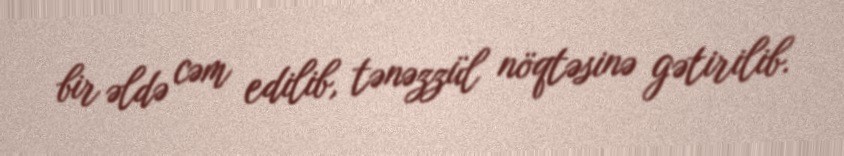
bir əldə cəm edilib, tənəzzül nöqtəsinə gətirilib.